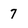
Character: 7